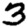
Digit: 3